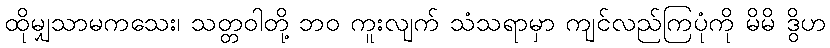
ထိုမျှသာမကသေး၊ သတ္တဝါတို့ ဘဝ ကူးလျက် သံသရာမှာ ကျင်လည်ကြပုံကို မိမိ ဒွိဟ